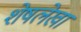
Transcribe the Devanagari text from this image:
शेषलेखा